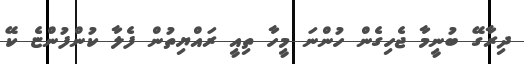
ދިރާގޭ ބުނީމާ ޖެހިގެން ހުންނަ މީހާ ތިއީ ރައްޔިތުން ފެލާ ކުންފުންޏެ ކޭ